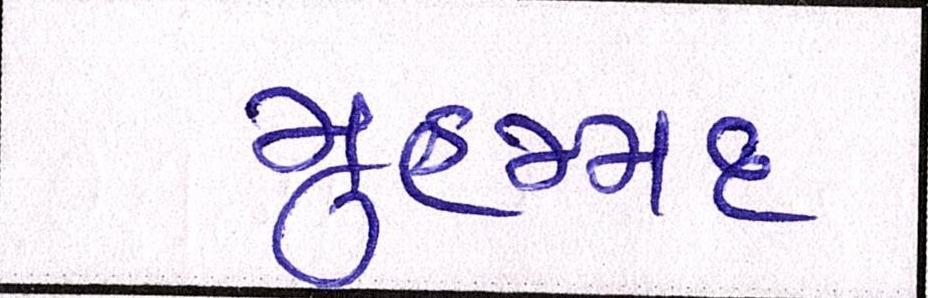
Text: મુહમ્મદ